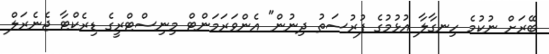
ބޭރަށް ނުކުމެ ހިނގާލާ އުޅުމުގެ ފުރުސަތު ދިނުން" އެންވަރަމަންޓް މިނިސްޓްރީގެ ޑިރެކްޓާ ޖެނެރަލް